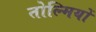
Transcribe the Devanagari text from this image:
तोल्मियों